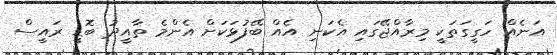
އަނެއް ހަގީގަތަކީ މިރާއްޖޭގައި އެކަނި އެއް ބޭފުޅަކަށް އެންމެ ތާއީދު ބޮޑީ ރައީސް